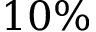
1 0 \%